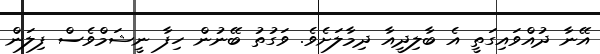
އޭނާ ދުއްވައިގަތީ އެ ބާލިދީއާ ދިމާލަށެވެ. ވަގުތު ބޭނުން ހިފާ ނީޝަމްވެސް ފިލަން